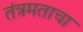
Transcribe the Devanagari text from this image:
तंत्रमताचा